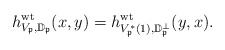
\begin{align*}h^{\mathrm{wt}}_{V_{\frak p},\mathbb D_{\frak p}}(x,y)= h^{\mathrm{wt}}_{V_{\frak p}^*(1),\mathbb D_{\frak p}^{\perp}}(y,x).\end{align*}